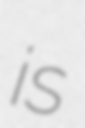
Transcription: is